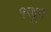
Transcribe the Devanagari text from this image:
१जून